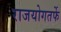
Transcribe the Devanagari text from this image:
राजयोगतर्फे